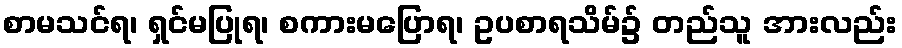
စာမသင်ရ၊ ရှင်မပြုရ၊ စကားမပြောရ၊ ဥပစာရသိမ်၌ တည်သူ အားလည်း